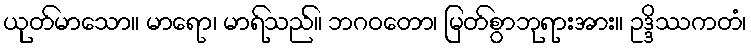
ယုတ်မာသော။ မာရော၊ မာရ်သည်။ ဘဂဝတော၊ မြတ်စွာဘုရားအား။ ဥဒ္ဒိဿကတံ၊